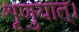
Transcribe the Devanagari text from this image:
शृणुयात्।